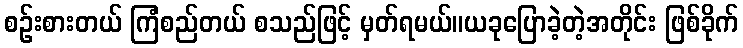
စဉ်းစားတယ် ကြံစည်တယ် စသည်ဖြင့် မှတ်ရမယ်။ယခုပြောခဲ့တဲ့အတိုင်း ဖြစ်ခိုက်